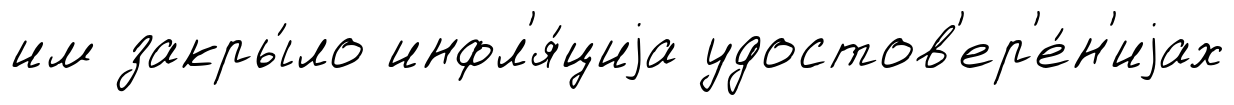
им закры́ло инфл'я́циjа удостов'ер'е́н'иjах